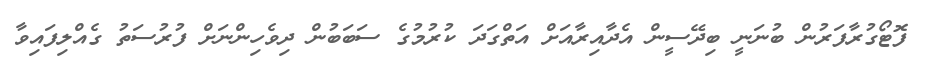
ފޮޓޯގުރާފަރުން ބުނަނީ ބިދޭސީން އެދާއިރާއަށް އަތްގަދަ ކުރުމުގެ ސަބަބުން ދިވެހިންނަށް ފުރުސަތު ގެއްލިފައިވާ